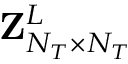
{ \mathbf { Z } } _ { N _ { T } \times N _ { T } } ^ { L }